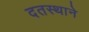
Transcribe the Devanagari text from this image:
दतस्थाने